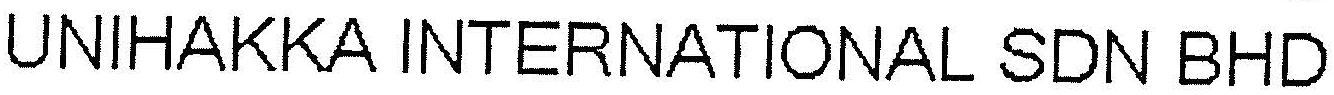
UNIHAKKA INTERNATIONAL SDN BHD